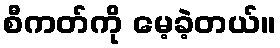
စီကတ်ကို မေ့ခဲ့တယ်။